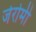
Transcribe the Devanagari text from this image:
जेरोमी